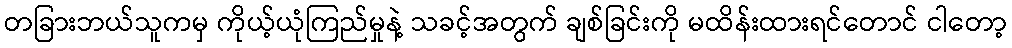
တခြားဘယ်သူကမှ ကိုယ့်ယုံကြည်မှုနဲ့ သခင့်အတွက် ချစ်ခြင်းကို မထိန်းထားရင်တောင် ငါတော့